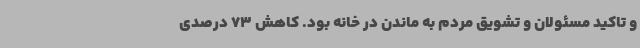
و تاکید مسئولان و تشویق مردم به ماندن در خانه بود. کاهش 73 درصدی